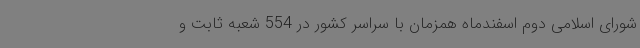
شورای اسلامی دوم اسفندماه همزمان با سراسر کشور در 554 شعبه ثابت و